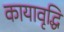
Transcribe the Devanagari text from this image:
कायावृद्धि